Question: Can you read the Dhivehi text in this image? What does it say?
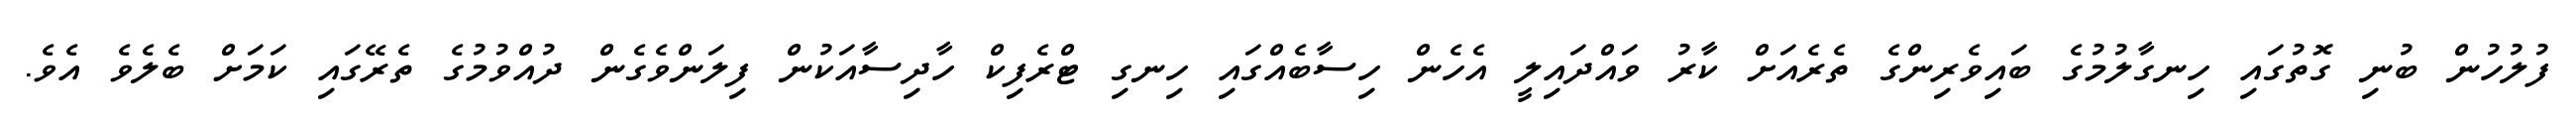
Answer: ފުލުހުން ބުނި ގޮތުގައި ހިނގާލުމުގެ ބައިވެރިންގެ ތެރެއަށް ކާރު ވައްދައިލީ އެހެން ހިސާބެއްގައި ހިނގި ޓްރެފިކް ހާދިސާއަކުން ފިލަންވެގެން ދުއްވުމުގެ ތެރޭގައި ކަމަށް ބެލެވެ އެވެ.